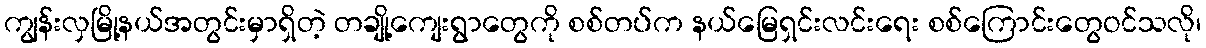
ကျွန်းလှမြို့နယ်အတွင်းမှာရှိတဲ့ တချို့ကျေးရွာတွေကို စစ်တပ်က နယ်မြေရှင်းလင်းရေး စစ်ကြောင်းတွေဝင်သလို၊